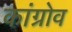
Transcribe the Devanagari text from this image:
कांग्रोव